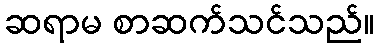
ဆရာမ စာဆက်သင်သည်။